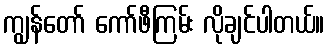
ကျွန်တော် ကော်ဖီကြမ်း လိုချင်ပါတယ်။